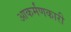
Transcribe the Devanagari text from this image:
आकर्मंणकारी